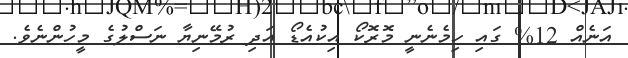
އަނެއް 12% ގައި ހިމެނެނީ މޮރޮކޯ އިކުއެޑޯ އަދި ރުމޭނިޔާ ނަސްލުގެ މީހުންނެވެ.